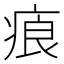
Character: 㾗